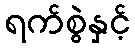
ရက်စွဲနှင့်